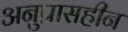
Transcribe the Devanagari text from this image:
अनुप्रासहीन